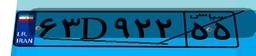
۸۷D۰۳۵۹۴